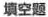
填空题